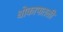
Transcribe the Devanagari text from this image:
धोकापातळी